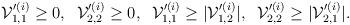
LaTeX: \begin{align*}{\cal V}_{1,1}'^{(i)}\geq 0, \;\; {\cal V}_{2,2}'^{(i)}\geq 0, \;\;{\cal V}_{1,1}'^{(i)}\geq |{\cal V}_{1,2}'^{(i)}|, \;\;{\cal V}_{2,2}'^{(i)}\geq |{\cal V}_{2,1}'^{(i)}|.\end{align*}